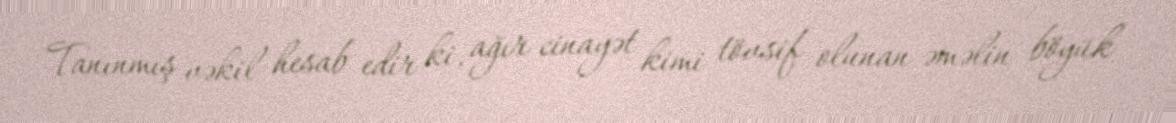
Tanınmış vəkil hesab edir ki, ağır cinayət kimi tövsif olunan əməlin böyük